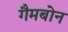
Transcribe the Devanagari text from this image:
गैमबोन